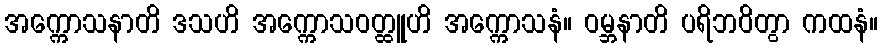
အက္ကောသနာတိ ဒသဟိ အက္ကောသဝတ္ထူဟိ အက္ကောသနံ။ ဝမ္ဘနာတိ ပရိဘဝိတွာ ကထနံ။